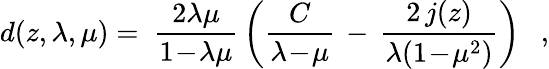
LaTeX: d(z,\lambda,\mu)=~{\frac{2\lambda\mu}{1\! -\! \lambda\mu}}\left({\frac{C}{\lambda\! -\! \mu}}\, -\, {\frac{2\, j(z)}{\lambda(1\! -\! \mu^{2})}}\right)~~~,